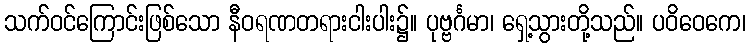
သက်ဝင်ကြောင်းဖြစ်သော နီဝရဏတရားငါးပါး၌။ ပုဗ္ဗင်္ဂမာ၊ ရှေ့သွားတို့သည်။ ပဝိဝေကေ၊